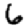
Digit: 6